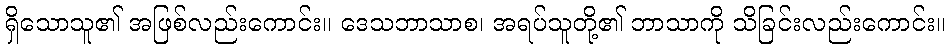
ရှိသောသူ၏ အဖြစ်လည်းကောင်း။ ဒေသဘာသာစ၊ အရပ်သူတို့၏ ဘာသာကို သိခြင်းလည်းကောင်း။